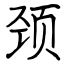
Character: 颈